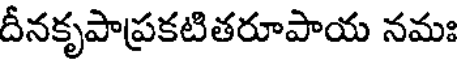
దీనకృపాప్రకటితరూపాయ నమః